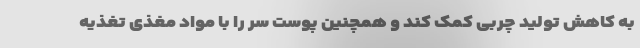
به کاهش تولید چربی کمک کند و همچنین پوست سر را با مواد مغذی تغذیه